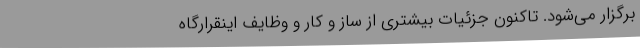
برگزار می‌شود. تاکنون جزئیات بیشتری از ساز و کار و وظایف اینقرارگاه